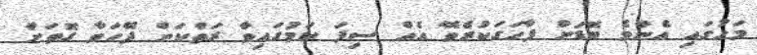
މަހުގައި އެންމެ ބޮޑަށް ފާހަގަކުރެވޭ އެއް ސިފަ ކަމުގައިވާ ރަތްކަން ދޭހަވާ ގޮތަށް